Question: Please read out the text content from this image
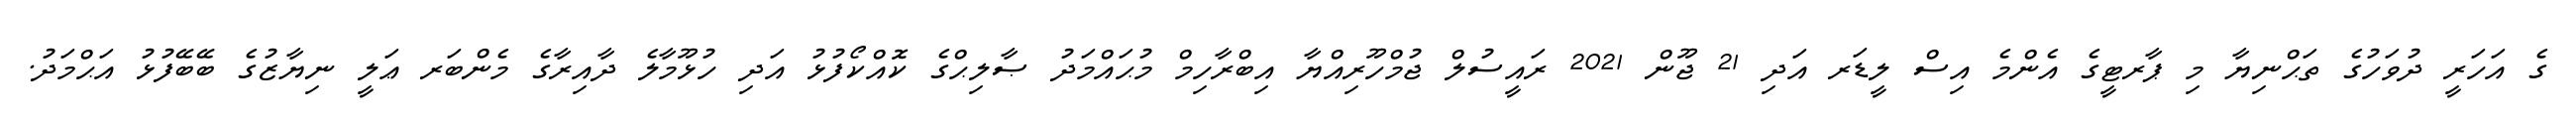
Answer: ގެ އަހަރީ ދުވަހުގެ ތަޙްނިޔާ މި ޕާރޓީގެ އެންމެ އިސް ލީޑަރ އަދި 21 ޖޫން 2021 ރައީސުލް ޖުމްހޫރިއްޔާ އިބްރާހިމް މުޙައްމަދު ޞާލިޙްގެ ކޮއްކޯފުޅު އަދި ހުޅޫމާލެ ދާއިރާގެ މެންބަރ ޢަލީ ނިޔާޒުގެ ބޭބޭފުޅު އަޙްމަދު.